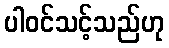
ပါဝင်သင့်သည်ဟု